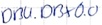
Text: DB4.DBX0.0